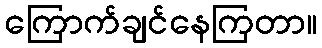
ကြောက်ချင်နေကြတာ။